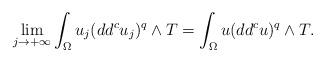
LaTeX: \begin{align*} \lim_{j\rightarrow +\infty}\int_{\Omega} u_j(dd^cu_j)^q\wedge T= \int_{\Omega} u(dd^cu)^q\wedge T.\end{align*}